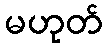
မဟုတ်